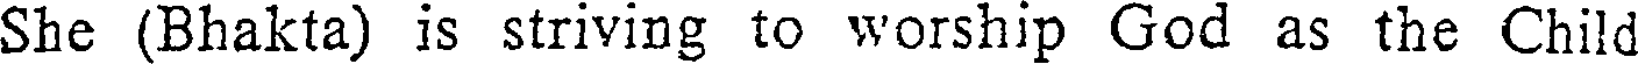
She (Bhakta) is striving to worship God as the Child